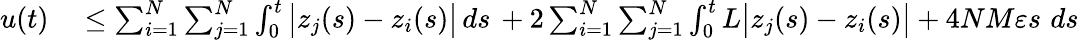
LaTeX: \begin{array}{rl}{u(t)}&{{}\leq\sum_{i=1}^{N}\sum_{j=1}^{N}\int_{0}^{t}\big|z_{j}(s)-z_{i}(s)\big|\, ds\, +2\sum_{i=1}^{N}\sum_{j=1}^{N}\int_{0}^{t}L\big|z_{j}(s)-z_{i}(s)\big|+4NM\varepsilon s\, \, ds\, }\end{array}